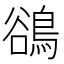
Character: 鵒